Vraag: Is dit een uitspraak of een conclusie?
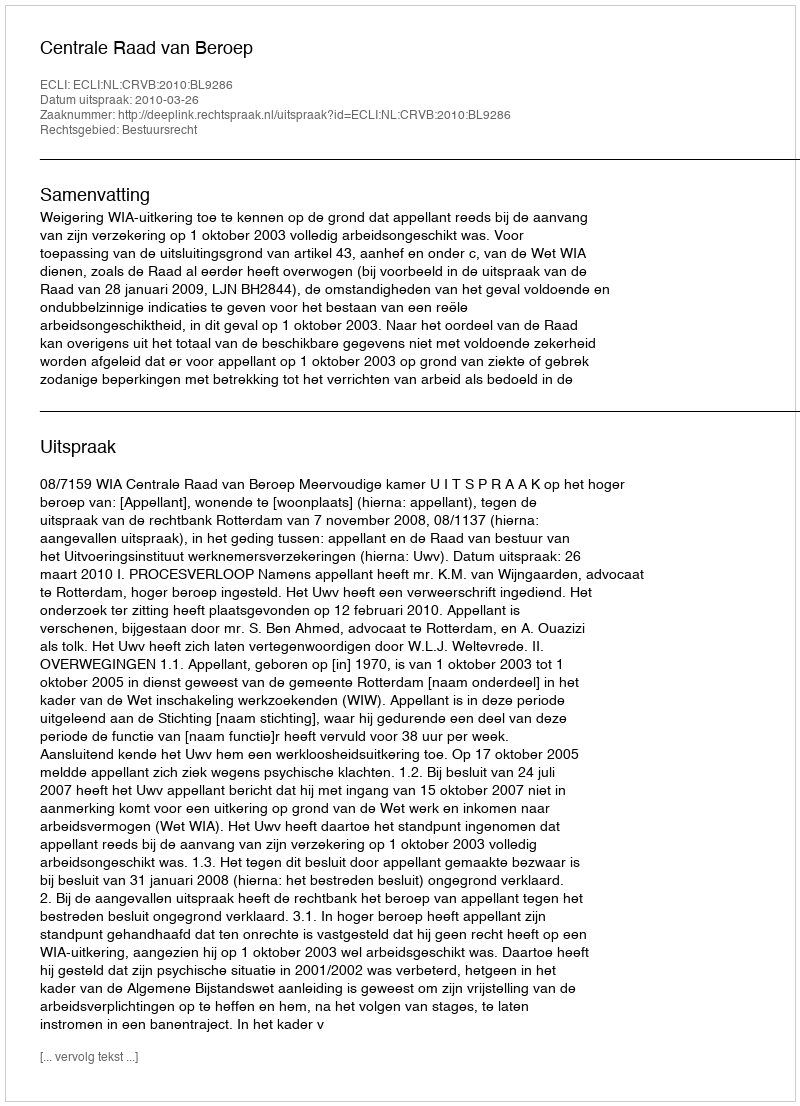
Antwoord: Uitspraak